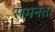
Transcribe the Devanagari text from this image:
समनता